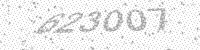
Solution: 623007